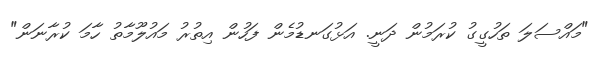
"މައްސަލަ ތަހުގީގު ކުރަމުން ދަނީ. އަޅުގަނޑުމެން ފަހުން އިތުރު މައުލޫމާތު ހާމަ ކުރާނަން"